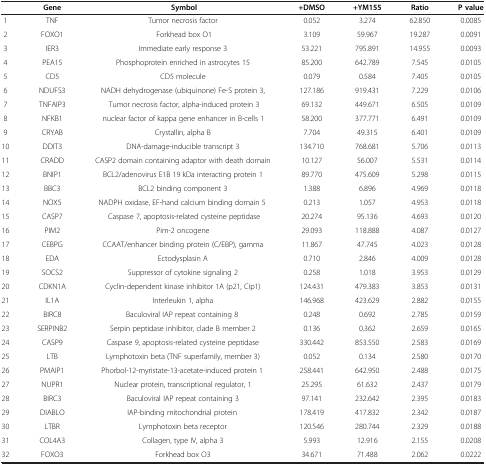
<table><thead><tr><td><b> </b></td><td><b>Gene</b></td><td><b>Symbol</b></td><td><b>+DMSO</b></td><td><b>+YM155</b></td><td><b>Ratio</b></td><td><b>P value</b></td></tr></thead><tbody><tr><td>1</td><td>TNF</td><td>Tumor necrosis factor</td><td>0.052</td><td>3.274</td><td>62.850</td><td>0.0085</td></tr><tr><td>2</td><td>FOXO1</td><td> Forkhead box O1</td><td>3.109</td><td>59.967</td><td>19.287</td><td>0.0091</td></tr><tr><td>3</td><td>IER3</td><td>Immediate early response 3</td><td>53.221</td><td>795.891</td><td>14.955</td><td>0.0093</td></tr><tr><td>4</td><td>PEA15</td><td>Phosphoprotein enriched in astrocytes 15</td><td>85.200</td><td>642.789</td><td>7.545</td><td>0.0105</td></tr><tr><td>5</td><td>CD5</td><td>CD5 molecule</td><td>0.079</td><td>0.584</td><td>7.405</td><td>0.0105</td></tr><tr><td>6</td><td>NDUFS3</td><td>NADH dehydrogenase (ubiquinone) Fe-S protein 3,</td><td>127.186</td><td>919.431</td><td>7.229</td><td>0.0106</td></tr><tr><td>7</td><td>TNFAIP3</td><td> Tumor necrosis factor, alpha-induced protein 3</td><td>69.132</td><td>449.671</td><td>6.505</td><td>0.0109</td></tr><tr><td>8</td><td>NFKB1</td><td> nuclear factor of kappa gene enhancer in B-cells 1 </td><td>58.200</td><td>377.771</td><td>6.491</td><td>0.0109</td></tr><tr><td>9</td><td>CRYAB</td><td>Crystallin, alpha B</td><td>7.704</td><td>49.315</td><td>6.401</td><td>0.0109</td></tr><tr><td>10</td><td>DDIT3</td><td>DNA-damage-inducible transcript 3</td><td>134.710</td><td>768.681</td><td>5.706</td><td>0.0113</td></tr><tr><td>11</td><td>CRADD</td><td>CASP2 domain containing adaptor with death domain</td><td>10.127</td><td>56.007</td><td>5.531</td><td>0.0114</td></tr><tr><td>12</td><td>BNIP1</td><td>BCL2/adenovirus E1B 19 kDa interacting protein 1</td><td>89.770</td><td>475.609</td><td>5.298</td><td>0.0115</td></tr><tr><td>13</td><td>BBC3</td><td>BCL2 binding component 3</td><td>1.388</td><td>6.896</td><td>4.969</td><td>0.0118</td></tr><tr><td>14</td><td>NOX5</td><td>NADPH oxidase, EF-hand calcium binding domain 5 </td><td>0.213</td><td>1.057</td><td>4.953</td><td>0.0118</td></tr><tr><td>15</td><td>CASP7</td><td> Caspase 7, apoptosis-related cysteine peptidase</td><td>20.274</td><td>95.136</td><td>4.693</td><td>0.0120</td></tr><tr><td>16</td><td>PIM2</td><td>Pim-2 oncogene</td><td>29.093</td><td>118.888</td><td>4.087</td><td>0.0127</td></tr><tr><td>17</td><td>CEBPG</td><td>CCAAT/enhancer binding protein (C/EBP), gamma</td><td>11.867</td><td>47.745</td><td>4.023</td><td>0.0128</td></tr><tr><td>18</td><td>EDA</td><td>Ectodysplasin A</td><td>0.710</td><td>2.846</td><td>4.009</td><td>0.0128</td></tr><tr><td>19</td><td>SOCS2</td><td>Suppressor of cytokine signaling 2</td><td>0.258</td><td>1.018</td><td>3.953</td><td>0.0129</td></tr><tr><td>20</td><td>CDKN1A</td><td>Cyclin-dependent kinase inhibitor 1A (p21, Cip1)</td><td>124.431</td><td>479.383</td><td>3.853</td><td>0.0131</td></tr><tr><td>21</td><td>IL1A</td><td>Interleukin 1, alpha</td><td>146.968</td><td>423.629</td><td>2.882</td><td>0.0155</td></tr><tr><td>22</td><td>BIRC8</td><td>Baculoviral IAP repeat containing 8 </td><td>0.248</td><td>0.692</td><td>2.785</td><td>0.0159</td></tr><tr><td>23</td><td>SERPINB2</td><td>Serpin peptidase inhibitor, clade B member 2</td><td>0.136</td><td>0.362</td><td>2.659</td><td>0.0165</td></tr><tr><td>24</td><td>CASP9</td><td>Caspase 9, apoptosis-related cysteine peptidase</td><td>330.442</td><td>853.550</td><td>2.583</td><td>0.0169</td></tr><tr><td>25</td><td>LTB</td><td>Lymphotoxin beta (TNF superfamily, member 3)</td><td>0.052</td><td>0.134</td><td>2.580</td><td>0.0170</td></tr><tr><td>26</td><td>PMAIP1</td><td>Phorbol-12-myristate-13-acetate-induced protein 1 </td><td>258.441</td><td>642.950</td><td>2.488</td><td>0.0175</td></tr><tr><td>27</td><td>NUPR1</td><td>Nuclear protein, transcriptional regulator, 1</td><td>25.295</td><td>61.632</td><td>2.437</td><td>0.0179</td></tr><tr><td>28</td><td>BIRC3</td><td>Baculoviral IAP repeat containing 3</td><td>97.141</td><td>232.642</td><td>2.395</td><td>0.0183</td></tr><tr><td>29</td><td>DIABLO</td><td>IAP-binding mitochondrial protein </td><td>178.419</td><td>417.832</td><td>2.342</td><td>0.0187</td></tr><tr><td>30</td><td>LTBR</td><td>Lymphotoxin beta receptor</td><td>120.546</td><td>280.744</td><td>2.329</td><td>0.0188</td></tr><tr><td>31</td><td>COL4A3</td><td>Collagen, type IV, alpha 3</td><td>5.993</td><td>12.916</td><td>2.155</td><td>0.0208</td></tr><tr><td>32</td><td>FOXO3</td><td>Forkhead box O3</td><td>34.671</td><td>71.488</td><td>2.062</td><td>0.0222</td></tr></tbody></table>